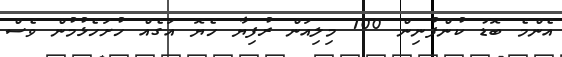
އެންމެ ބޮޑު ކުންފުނިން 100 މިލިއަން ރުފިޔާ ހެޔޮ އަގެއް ހުށަހެޅުމުން ވެސް